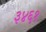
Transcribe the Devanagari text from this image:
३४६१